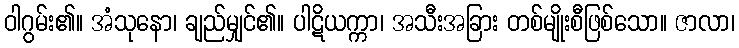
ဝါဂွမ်း၏။ အံသုနော၊ ချည်မျှင်၏။ ပါဋိယက္ကာ၊ အသီးအခြား တစ်မျိုးစီဖြစ်သော။ ဇာလာ၊